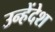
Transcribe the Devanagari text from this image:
उन्हेंदेश